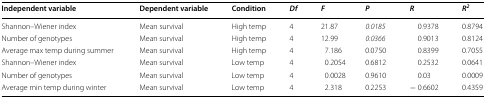
| Independent variable | Dependent variable | Condition | Df | F | P | R | R2 |
 | --- | --- | --- | --- | --- | --- | --- | --- |
 | Shannon–Wiener index | Mean survival | High temp | 4 | 21.87 | 0.0185 | 0.9378 | 0.8794 |
 | Number of genotypes | Mean survival | High temp | 4 | 12.99 | 0.0366 | 0.9013 | 0.8124 |
 | Average max temp during summer | Mean survival | High temp | 4 | 7.186 | 0.0750 | 0.8399 | 0.7055 |
 | Shannon–Wiener index | Mean survival | Low temp | 4 | 0.2054 | 0.6812 | 0.2532 | 0.0641 |
 | Number of genotypes | Mean survival | Low temp | 4 | 0.0028 | 0.9610 | 0.03 | 0.0009 |
 | Average min temp during winter | Mean survival | Low temp | 4 | 2.318 | 0.2253 | − 0.6602 | 0.4359 |